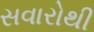
સવારોથી